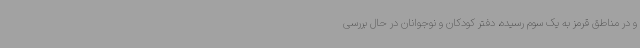
و در مناطق قرمز به یک‌ سوم ‌رسیده، دفتر کودکان و نوجوانان در حال بررسی